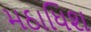
મઠાધિશ